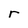
Character: r